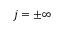
j = \pm \infty